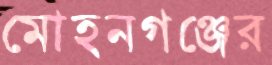
মোহনগঞ্জের